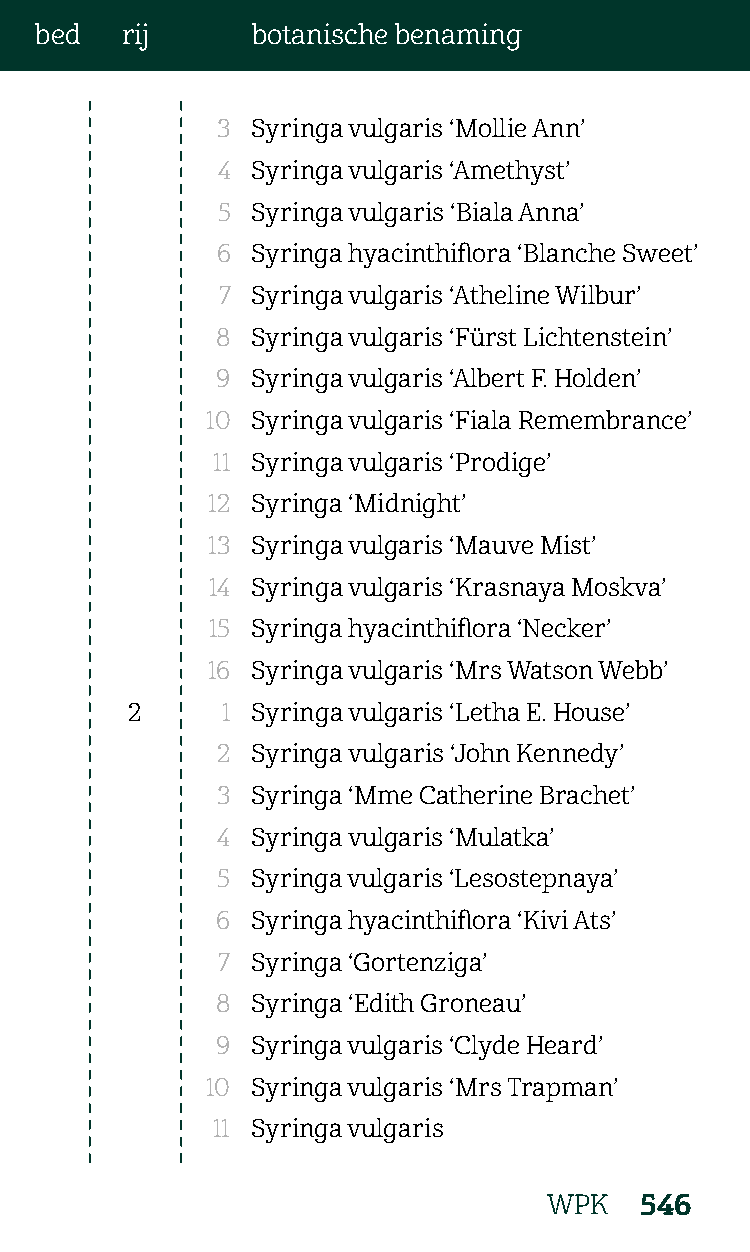
bed   rij      botanische benaming
 3  Syringa vulgaris ‘Mollie Ann’
 4  Syringa vulgaris ‘Amethyst’
 5  Syringa vulgaris ‘Biala Anna’
 6  Syringa hyacinthiflora ‘Blanche Sweet’
 7  Syringa vulgaris ‘Atheline Wilbur’
 8  Syringa vulgaris ‘Fürst Lichtenstein’
 9  Syringa vulgaris ‘Albert F. Holden’
 10 Syringa vulgaris ‘Fiala Remembrance’
 11 Syringa vulgaris ‘Prodige’
 12 Syringa ‘Midnight’
 13 Syringa vulgaris ‘Mauve Mist’
 14 Syringa vulgaris ‘Krasnaya Moskva’
 15 Syringa hyacinthiflora ‘Necker’
 16 Syringa vulgaris ‘Mrs Watson Webb’
 2      1 Syringa vulgaris ‘Letha E. House’
 2  Syringa vulgaris ‘John Kennedy’
 3  Syringa ‘Mme Catherine Brachet’
 4  Syringa vulgaris ‘Mulatka’
 5  Syringa vulgaris ‘Lesostepnaya’
 6  Syringa hyacinthiflora ‘Kivi Ats’
 7  Syringa ‘Gortenziga’
 8  Syringa ‘Edith Groneau’
 9  Syringa vulgaris ‘Clyde Heard’
 10 Syringa vulgaris ‘Mrs Trapman’
 11 Syringa vulgaris
 WPK   546